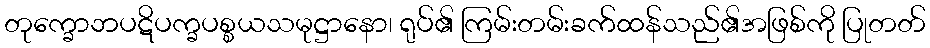
တုက္ခောဘပဋိပက္ခပစ္စယသမုဋ္ဌာနော၊ ရုပ်၏ ကြမ်းတမ်းခက်ထန်သည်၏အဖြစ်ကို ပြုတတ်